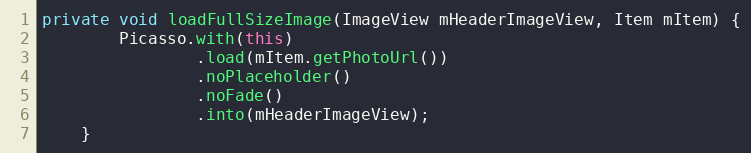
Language: Java
private void loadFullSizeImage(ImageView mHeaderImageView, Item mItem) {
        Picasso.with(this)
                .load(mItem.getPhotoUrl())
                .noPlaceholder()
                .noFade()
                .into(mHeaderImageView);
    }